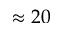
\approx 2 0